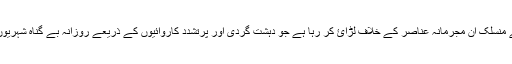
عالمی اتحاد ان گروہوں سے منسلک ان مجرمانہ عناصر کے خلاف لڑائ کر رہا ہے جو دہشت گردی اور پرتشدد کاروائيوں کے ذريعے روزانہ بے گناہ شہريوں کے قتل کے ذمہ دار ہیں۔